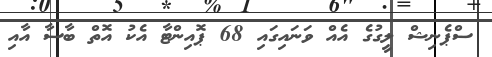
ސްޕެނިޝް ލީގުގެ އެއް ވަނައިގައި 68 ޕޮއިންޓާ އެކު އޮތް ބާސާ އާއި